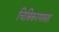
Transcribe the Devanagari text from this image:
चित्रिकरणासह